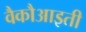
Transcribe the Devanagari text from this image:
वैकौआइती